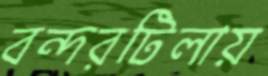
বন্দরটিলায়